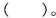
( )。